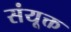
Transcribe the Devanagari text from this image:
संयूक्त